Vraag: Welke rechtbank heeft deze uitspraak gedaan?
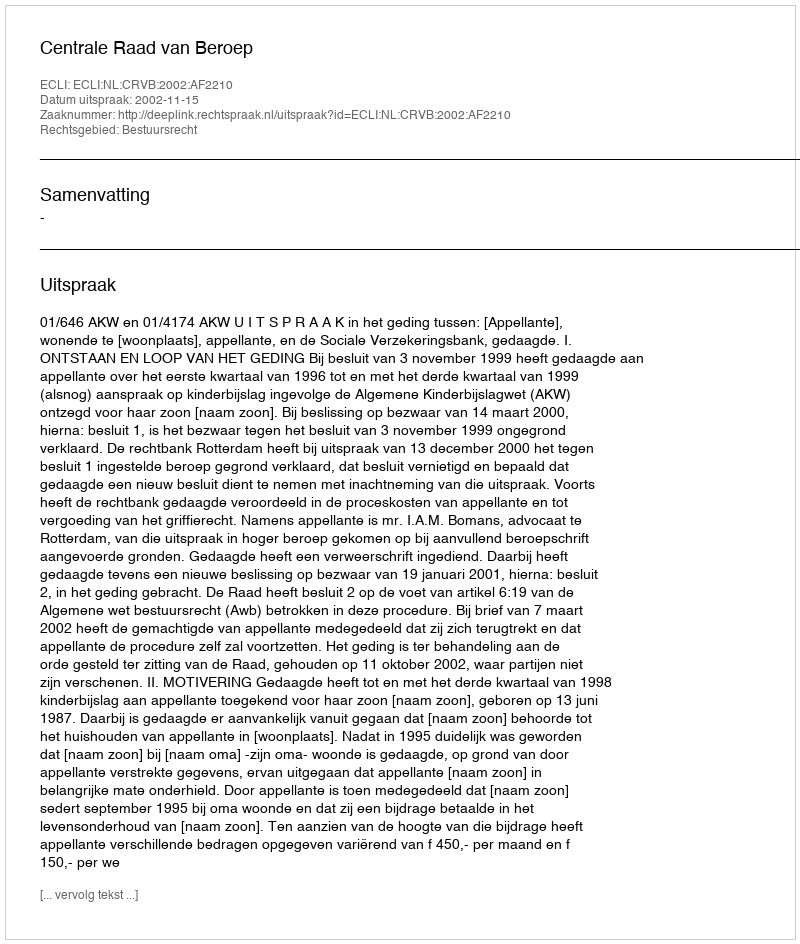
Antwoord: Centrale Raad van Beroep